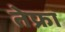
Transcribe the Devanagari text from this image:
तेफ्रा